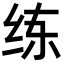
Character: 练